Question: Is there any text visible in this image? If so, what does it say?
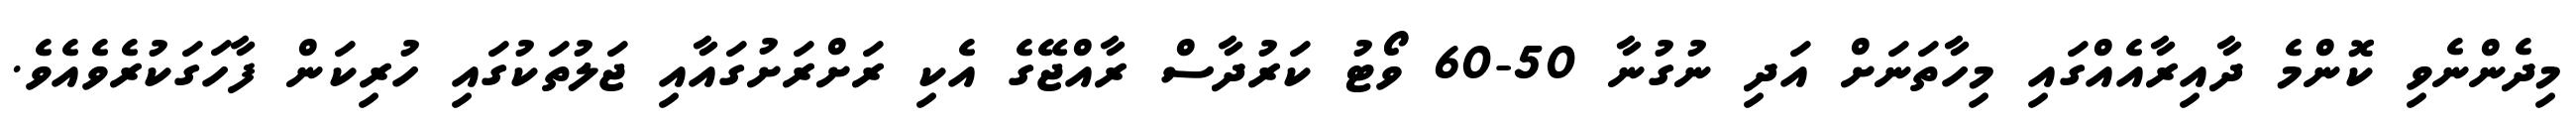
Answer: މިދެންނެވި ކޮންމެ ދާއިރާއެއްގައި މިހާތަނަށް އަދި ނުގުނާ 50-60 ވޯޓު ކަރުދާސް ރާއްޖޭގެ އެކި ރަށްރަށުގައާއި ޖަލުތަކުގައި ހުރިކަން ފާހަގަކުރެވެއެވެ.